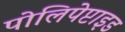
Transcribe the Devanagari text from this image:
पोलिपेप्टाइड